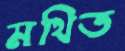
মথিত